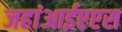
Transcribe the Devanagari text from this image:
जहांआईएएस